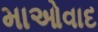
માઓવાદ